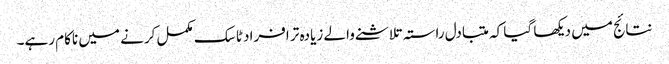
نتائج میں دیکھا گیا کہ متبادل راستہ تلاشنے والے زیادہ تر افراد ٹاسک مکمل کرنے میں ناکام رہے۔